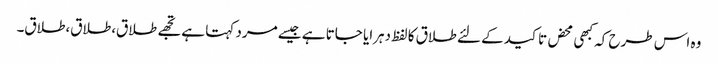
وہ اس طرح کہ کبھی محض تاکید کے لئے طلاق کا لفظ دہرایا جاتا ہے جیسے مرد کہتا ہے تجھے طلاق،طلاق،طلاق۔